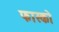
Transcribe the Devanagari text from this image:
फास्को